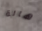
هالة